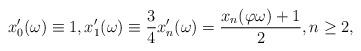
LaTeX: \begin{align*}x'_0(\omega)\equiv 1,x'_1(\omega)\equiv\frac{3}{4} x'_n(\omega)=\frac{x_n(\varphi \omega)+1}{2},n\geq 2,\end{align*}